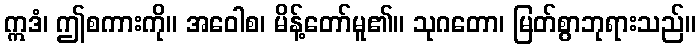
ဣဒံ၊ ဤစကားကို။ အဝေါစ၊ မိန့်တော်မူ၏။ သုဂတော၊ မြတ်စွာဘုရားသည်။